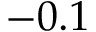
- 0 . 1